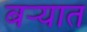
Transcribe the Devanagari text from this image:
बऱ्यात